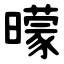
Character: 曚